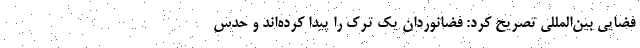
فضایی بین‌المللی تصریح کرد: فضانوردان یک ترک را پیدا کرده‌اند و حدس